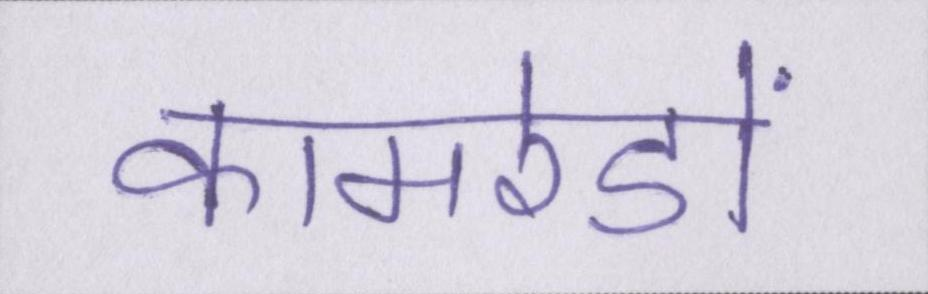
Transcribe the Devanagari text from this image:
कामरेडों